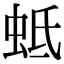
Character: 蚳